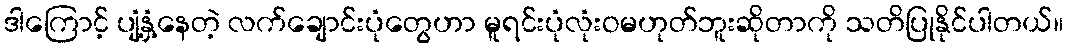
ဒါကြောင့် ပျံ့နှံ့နေတဲ့ လက်ချောင်းပုံတွေဟာ မူရင်းပုံလုံးဝမဟုတ်ဘူးဆိုတာကို သတိပြုနိုင်ပါတယ်။